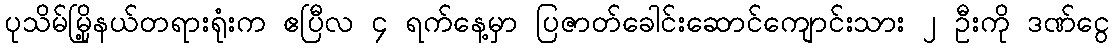
ပုသိမ်မြို့နယ်တရားရုံးက ဧပြီလ ၄ ရက်နေ့မှာ ပြဇာတ်ခေါင်းဆောင်ကျောင်းသား ၂ ဦးကို ဒဏ်ငွေ